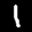
Label: 1